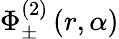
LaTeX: \Phi_{\pm}^{(2)}\left(r,\alpha\right)